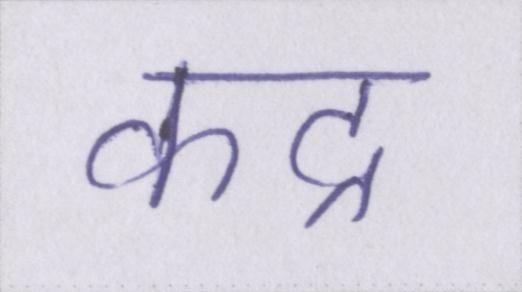
कद्र